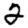
Digit: 2